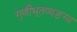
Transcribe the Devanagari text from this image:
गुणीभूतव्यङग्य